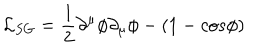
{ \mathcal L } _ { S G } = \frac { 1 } { 2 } \partial ^ { \mu } \phi \partial _ { \mu } \phi - ( 1 - c o s \phi )